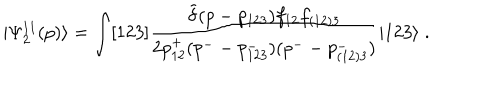
| \Psi _ { 2 } ^ { 1 1 } ( p ) \rangle = \int [ 1 2 3 ] \frac { \tilde { \delta } ( p - p _ { 1 2 3 } ) f _ { 1 2 } f _ { ( 1 2 ) 3 } } { 2 p _ { 1 2 } ^ { + } ( p ^ { - } - p _ { 1 2 3 } ^ { - } ) ( p ^ { - } - p _ { ( 1 2 ) 3 } ^ { - } ) } | 1 2 3 \rangle \; .